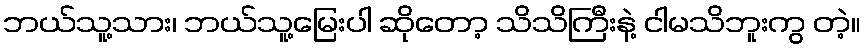
ဘယ်သူ့သား၊ ဘယ်သူ့မြေးပါ ဆိုတော့ သိသိကြီးနဲ့ ငါမသိဘူးကွ တဲ့။